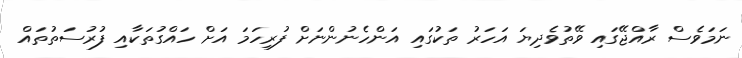
ނަމަވެސް ރާއްޖޭގައި ވޭތުވެދިޔަ އަހަރު ތަކުގައި އަންހެނުންނަށް ފުރިހަމަ އަށް ހައްގުތަކާއި ފުރުސަތުތައް